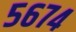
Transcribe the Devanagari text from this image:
५६७४